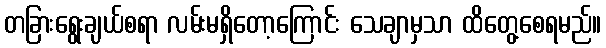
တခြားရွေးချယ်စရာ လမ်းမရှိတော့ကြောင်း သေချာမှသာ ထိတွေ့စေရမည်။